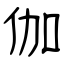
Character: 伽